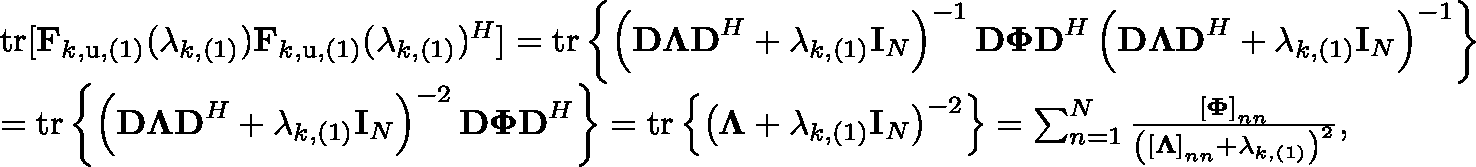
\begin{array} { r l } & { \mathrm { t r [ } \mathbf { F } _ { k , \mathrm { u } , ( 1 ) } ( \lambda _ { k , ( 1 ) } ) \mathbf { F } _ { k , \mathrm { u } , ( 1 ) } ( \lambda _ { k , ( 1 ) } ) ^ { H } ] = \mathrm { t r } \left\{ \left( \mathbf { D \Lambda D } ^ { H } + \lambda _ { k , ( 1 ) } \mathbf { I } _ { N } \right) ^ { - 1 } \mathbf { D \Phi D } ^ { H } \left( \mathbf { D \Lambda D } ^ { H } + \lambda _ { k , ( 1 ) } \mathbf { I } _ { N } \right) ^ { - 1 } \right\} } \\ & { = \mathrm { t r } \left\{ \left( \mathbf { D \Lambda D } ^ { H } + \lambda _ { k , ( 1 ) } \mathbf { I } _ { N } \right) ^ { - 2 } \mathbf { D \Phi D } ^ { H } \right\} = \mathrm { t r } \left\{ \left( \mathbf { \Lambda } + \lambda _ { k , ( 1 ) } \mathbf { I } _ { N } \right) ^ { - 2 } \right\} = \sum _ { n = 1 } ^ { N } { \frac { \left[ \mathbf { \Phi } \right] _ { n n } } { \left( \left[ \mathbf { \Lambda } \right] _ { n n } + \lambda _ { k , ( 1 ) } \right) ^ { 2 } } } , } \end{array}